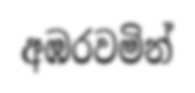
අඹරවමින්